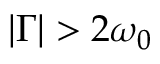
\left\vert \Gamma \right\vert > 2 \protect \omega _ { 0 }